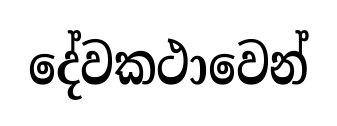
දේවකථාවෙන්